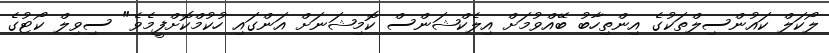
ލޯކަލް ކައުންސިލްތަކުގެ އިންތިހާބު ބޭއްވުމަށް އިލެކްޝަންސް ކޮމިޝަނަށް އަންގައި ހުކުމްކޮށްފީމެވެ" ސިވިލް ކޯޓުގެ